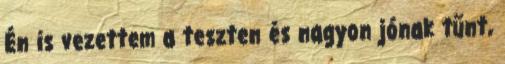
Én is vezettem a teszten és nagyon jónak tűnt,